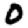
Digit: 0